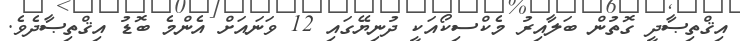
އިޤްތިޞާދީ ގޮތުން ބަލާއިރު މެކްސިކޯއަކީ ދުނިޔޭގައި 12 ވަނައަށް އެންމެ ބޮޑު އިޤްތިޞާދެވެ.